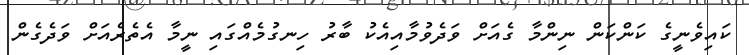
ކައިވެނީގެ ކަންކަން ނިންމާ ގެއަށް ވަދެވުމާއިއެކު ބާރު ހިނގުމެއްގައި ނީމާ އެތެރެއަށް ވަދެގެން